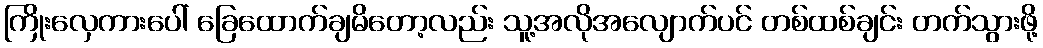
ကြိုးလှေကားပေါ် ခြေထောက်ချမိတော့လည်း သူ့အလိုအလျောက်ပင် တစ်ထစ်ချင်း တက်သွားဖို့